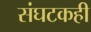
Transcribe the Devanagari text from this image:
संघटकही